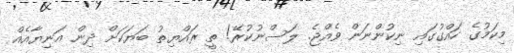
މިކަމުގެ ހައްގުގައި ނިކުންނަން ވެއްޖެ. ލަސްނުކުރޭ! ތީ ރައްޔިތު ބަޔަކަށް ދިން އަނިޔާއެއް